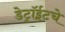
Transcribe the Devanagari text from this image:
डेट्रॉईटचे